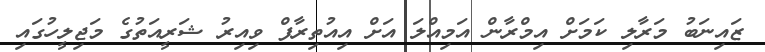
ޒައިނަބު މަރާލި ކަމަށް އިމްރާން އަމިއްލަ އަށް އިއުތިރާފް ވިއިރު ޝަރީއަތުގެ މަޖިލީހުގައި